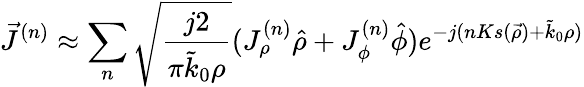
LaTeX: \vec{J}^{(n)}\approx\sum_{n}\sqrt{\frac{j2}{\pi\tilde{k}_{0}\rho}}(J_{\rho}^{(n)}\hat{\rho}+J_{\phi}^{(n)}\hat{\phi})e^{-j(nKs(\vec{\rho})+\tilde{k}_{0}\rho)}